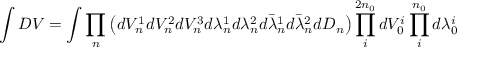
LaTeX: \int { \cal D } V = \int \prod _ { n } \left( d V _ { n } ^ { 1 } d V _ { n } ^ { 2 } d V _ { n } ^ { 3 } d \lambda _ { n } ^ { 1 } d \lambda _ { n } ^ { 2 } d \bar { \lambda } _ { n } ^ { 1 } d \bar { \lambda } _ { n } ^ { 2 } d D _ { n } \right) \prod _ { i } ^ { 2 n _ { 0 } } d V _ { 0 } ^ { i } \prod _ { i } ^ { n _ { 0 } } d \lambda _ { 0 } ^ { i }